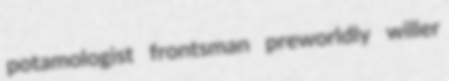
potamologist frontsman preworldly willer